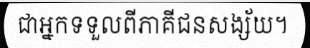
ជាអ្នកទទួលពីភាគីជនសង្ស័យ។